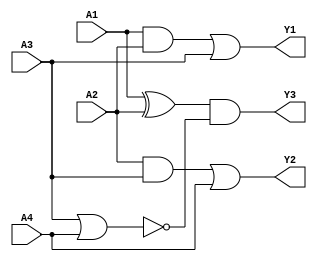
module combinational_logic_block (
    input wire A1,
    input wire A2,
    input wire A3,
    input wire A4,
    output wire Y1, // Output for Group 1
    output wire Y2, // Output for Group 2
    output wire Y3  // Output for Group 3
);

// Group 1: Implements logic function F1 = (A1 AND A2) OR (A3)
assign Y1 = (A1 & A2) | A3;

// Group 2: Implements logic function F2 = (A2 AND A3) OR (A4)
assign Y2 = (A2 & A3) | A4;

// Group 3: Implements logic function F3 = (A1 XOR A2) AND (A3 NOR A4)
assign Y3 = (A1 ^ A2) & ~(A3 | A4);

endmodule